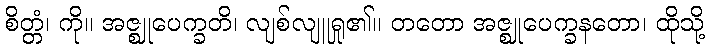
စိတ္တံ၊ ကို။ အဇ္ဈုပေက္ခတိ၊ လျစ်လျူရှု၏။ တတော အဇ္ဈုပေက္ခနတော၊ ထိုသို့